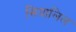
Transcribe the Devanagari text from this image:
सियालिल